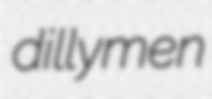
dillymen